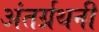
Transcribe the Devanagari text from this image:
अंतर्ग्रथनी